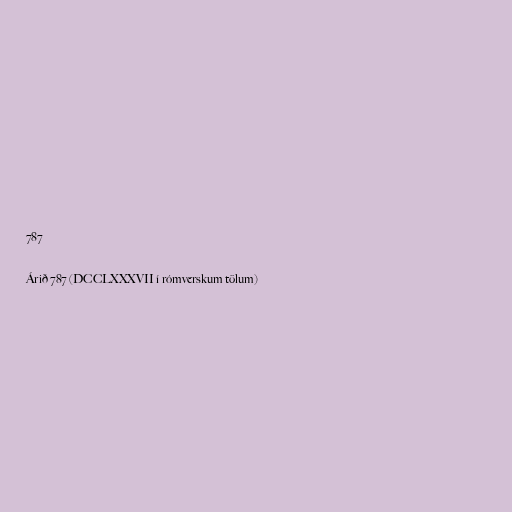
787

Árið 787 (DCCLXXXVII í rómverskum tölum)